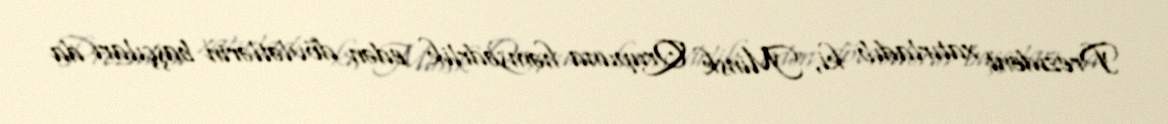
Prezident xatırladıb ki, Minsk Qrupuna həmsədrlik edən dövlətlərin başçıları da